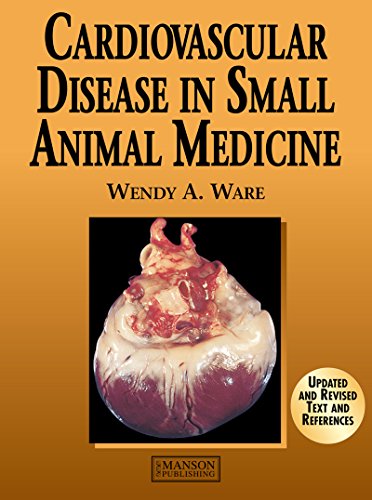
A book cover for Cardiovascular Disease in Small Animal Medicine (A Color Handbook); Wendy Ware; Medical Books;